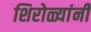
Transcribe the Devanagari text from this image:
शिरोळ्यांनी